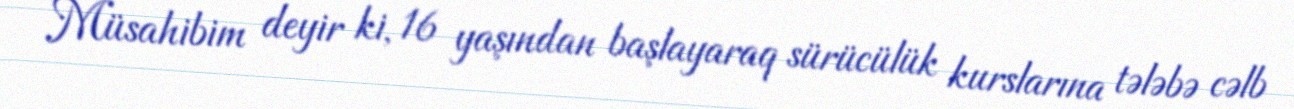
Müsahibim deyir ki, 16 yaşından başlayaraq sürücülük kurslarına tələbə cəlb